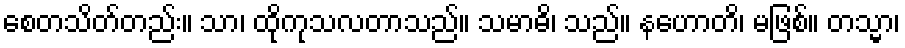
စေတသိတ်တည်း။ သာ၊ ထိုကုသလတာသည်။ သမာဓိ၊ သည်။ နဟောတိ၊ မဖြစ်။ တသ္မာ၊